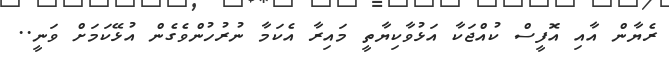
ރެޔާން އާއި އޮފީސް ކުއްޖަކާ އަޅުވާކިޔާތީ މައިރާ އެކަމާ ނުރުހުންވެގެން އުޅޭކަމަށް ވަނީ..